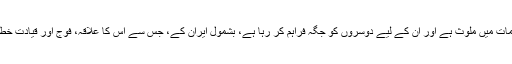
'شام مسلسل قاتلانہ اقدامات میں ملوث ہے اور ان کے لیے دوسروں کو جگہ فراہم کر رہا ہے، بشمول ایران کے، جس سے اس کا علاقہ، فوج اور قیادت خطرے میں پڑ جاتی ہے۔